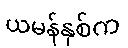
ယမန်နှစ်က